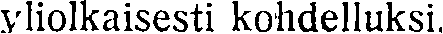
yliolkaisesti kohdelluksi.